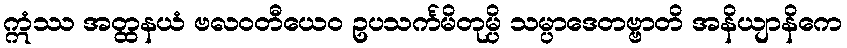
ဣံဿ အတ္ထနယံ ဗလဝတီယေဝ ဥပသင်္ကမိတုမ္ပိ သမ္ပာဒေတဗ္ဗာတိ အနိယျာနိကေ